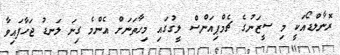
ރޮނާލްޑޯއަކީ މި ސީޒަނުގެ ޗެމްޕިއަންސް ލީގުގައި މިހާތަނަށް އެންމެ ގިނަ ލަނޑު ޖަހާފައިވާ